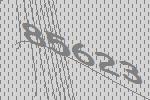
85623